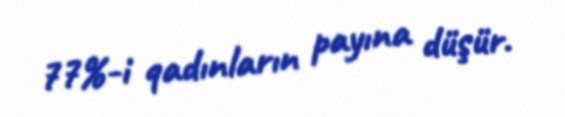
77%-i qadınların payına düşür.